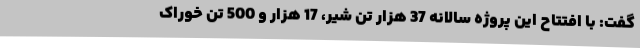
گفت: با افتتاح این پروژه سالانه 37 هزار تن شیر، 17 هزار و 500 تن خوراک